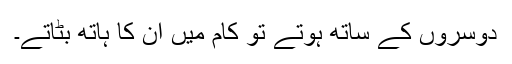
دوسروں کے ساتھ ہوتے تو کام میں ان کا ہاتھ بٹاتے۔